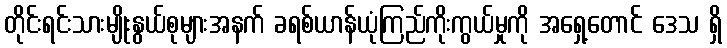
တိုင်းရင်းသားမျိုးနွယ်စုများအနက် ခရစ်ယာန်ယုံကြည်ကိုးကွယ်မှုကို အရှေ့တောင် ဒေသ ရှိ